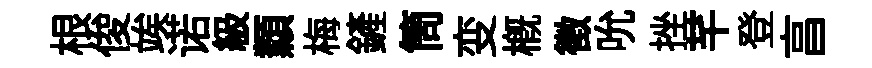
根俊竢诺級纇梅鏟筒变槪徵吮挫芊登亯